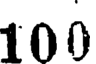
100